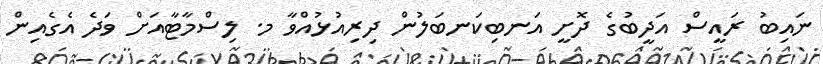
ނައިބު ރައީސް އަދީބުގެ ދޮށީ އަނބިކަނބަލުން ދިރިއުޅުއްވާ މ. ލިސްމާޓާއަށް ވަދެ އެގެއިން